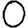
Digit: 0